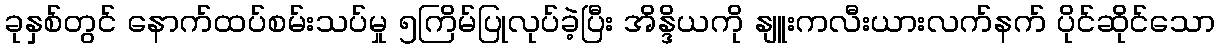
ခုနှစ်တွင် နောက်ထပ်စမ်းသပ်မှု ၅ကြိမ်ပြုလုပ်ခဲ့ပြီး အိန္ဒိယကို နျူးကလီးယားလက်နက် ပိုင်ဆိုင်သော